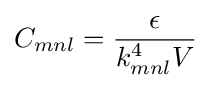
C_{mnl}={\frac {\epsilon }{k_{mnl}^{4}V}}